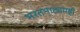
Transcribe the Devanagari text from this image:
भरतनाट्यमही